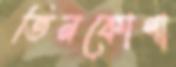
তিনকোণা